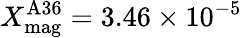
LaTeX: X_{\mathrm{mag}}^{\mathrm{A36}}=3.46\times 10^{-5}